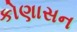
કોણાસન